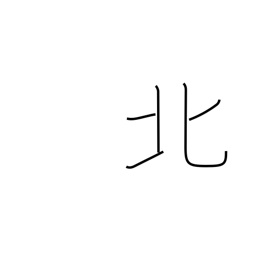
Meaning: north